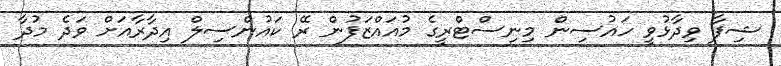
ޝިފާ ވިދާޅުވީ ހައުސިން މިނިސްޓްރީގެ މުއައްޒަފުން ރޭ ކައުންސިލް އިދާރާއަށް ވަދެ މުދާ